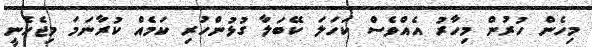
މިހެން ހުރުން މިހާރު އެއްވެސް ކަހަލަ ކޭބަލާ ގުޅުންހުރި ކަމެއް ކުރާނަމަ މިޖެހެނީ